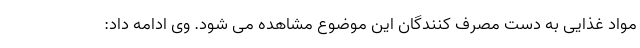
مواد غذایی به دست مصرف کنندگان این موضوع مشاهده می شود. وی ادامه داد: